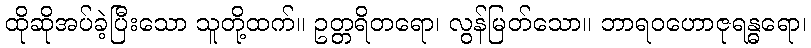
ထိုဆိုအပ်ခဲ့ပြီးသော သူတို့ထက်။ ဥတ္တရိတရော၊ လွန်မြတ်သော။ ဘာရဝဟောဇုရန္ဓရော၊